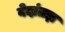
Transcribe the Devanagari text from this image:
वेदांतज्ञ